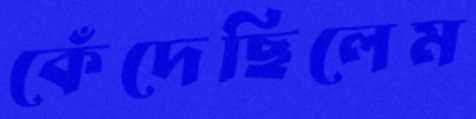
কেঁদেছিলেম